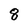
Character: 8